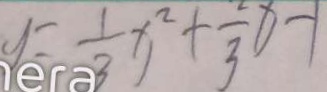
y = \frac { 1 } { 3 } x ^ { 2 } + \frac { 2 } { 3 } x - 1